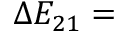
\Delta E _ { 2 1 } =